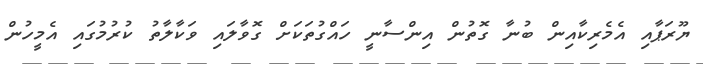
ޔޫރަޕާއި އެމެރިކާއިން ބުނާ ގޮތުން އިންސާނީ ހައްގުތަކަށް ގޮވާލައި ވަކާލާތު ކުރުމުގައި އެމީހުން